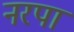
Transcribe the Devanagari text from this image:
नरपा